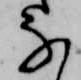
な